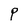
Character: P